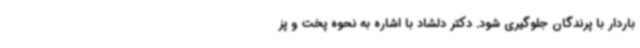
باردار با پرندگان جلوگیری شود. دکتر دلشاد با اشاره به نحوه پخت و پز